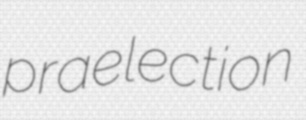
praelection